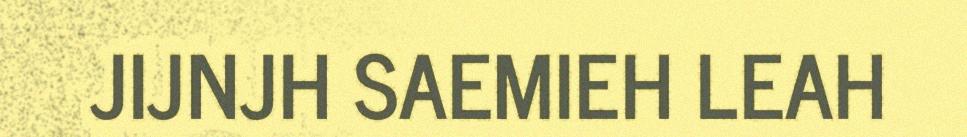
JIJNJH SAEMIEH LEAH